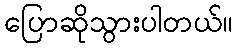
ပြောဆိုသွားပါတယ်။